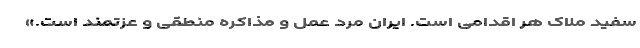
سفید ملاک هر اقدامی است. ایران مرد عمل و مذاکره منطقی و عزتمند است.»